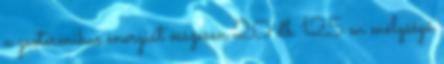
a geotermikus energiát összesen 20 db 125 m mélységű